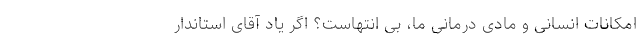
امکانات انسانی و مادی درمانی ما، بی انتهاست؟ اگر یاد آقای استاندار